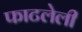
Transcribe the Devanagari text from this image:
फाटलेली